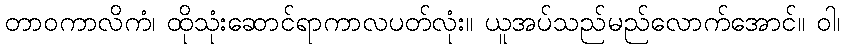
တာဝကာလိကံ၊ ထိုသုံးဆောင်ရာကာလပတ်လုံး။ ယူအပ်သည်မည်လောက်အောင်။ ဝါ၊